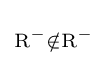
\scriptstyle {\mathrm {R} ^{-}\notin \mathrm {R} ^{-}}